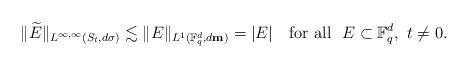
LaTeX: \begin{align*} \|\widetilde{E}\|_{L^{\infty, \infty}(S_t, d\sigma)} \lesssim \|E\|_{L^1(\mathbb F_q^d, d{\bf m})}=|E| \quad\mbox{for all}~~ E \subset \mathbb F_q^d,~t\ne 0.\end{align*}